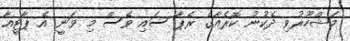
މަޝްހޫރުވި ދެކުނު ކޮރެއާގެ ރެޕާ ސައި ވެސް މި ވަނީ އެ ޕާޓީއާ